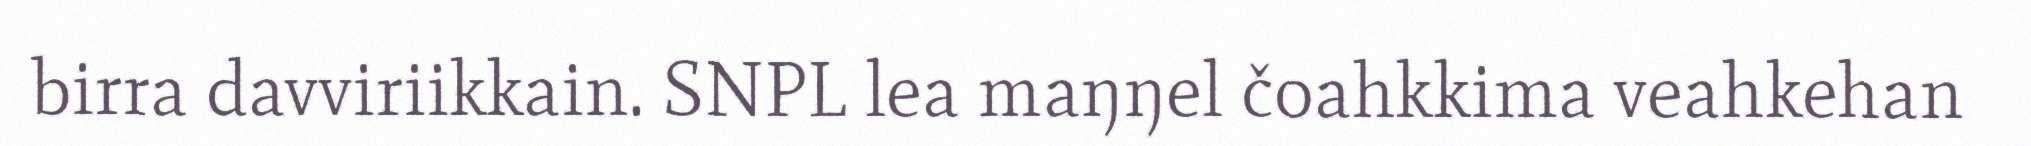
birra davviriikkain. SNPL lea maŋŋel čoahkkima veahkehan